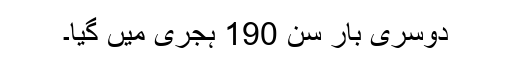
دوسری بار سن 190 ہجری میں گیا۔